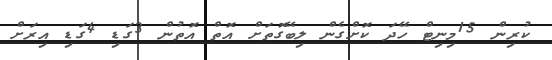
ކުރިން 15މިނިޓް ހޭދަ ކޮށްގެން ލިބޭގޮތަށް އޮތް އޮތުން 3ގަޑި 4ގަޑި އިރަށް